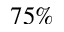
7 5 \%